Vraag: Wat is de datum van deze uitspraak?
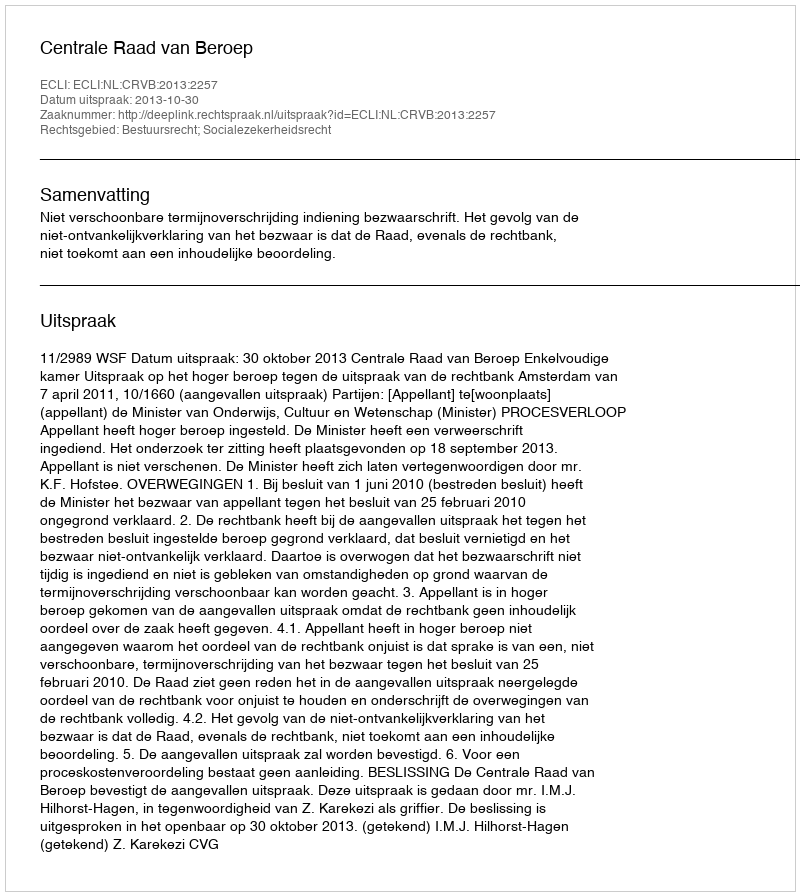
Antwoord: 2013-10-30